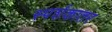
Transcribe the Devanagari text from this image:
स्पर्शकातर